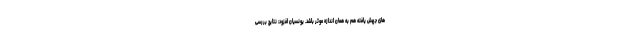
های جهش یافته هم به همان اندازه موثر باشد. یونسیان افزود: نتایج بررسی